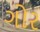
ગોર